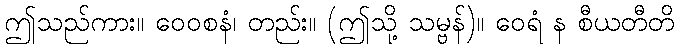
ဤသည်ကား။ ဝေဝစနံ၊ တည်း။ (ဤသို့ သမ္ဗန်)။ ဝေရံ န စီယတီတိ